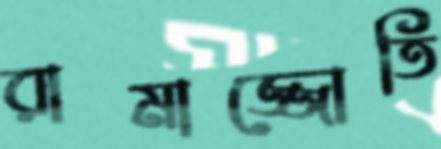
রামাজ্জোতি